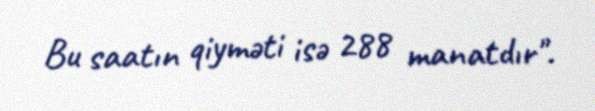
Bu saatın qiyməti isə 288 manatdır".